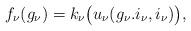
LaTeX: \begin{align*}f_{\nu}(g_{\nu}) = k_{\nu}\big(u_{\nu}(g_{\nu}.i_{\nu},i_{\nu})\big), \end{align*}